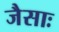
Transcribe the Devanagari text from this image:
जैसाः